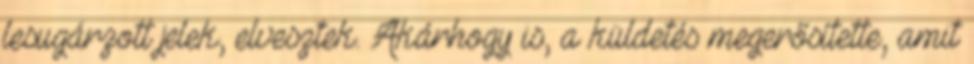
lesugárzott jelek, elvesztek. Akárhogy is, a küldetés megerősítette, amit